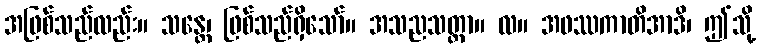
အဖြစ်သည်လည်း။ သန္တေ၊ ဖြစ်သည်ရှိသော်။ အသညသတ္တာ။ လ။ အဖဿကာတိအာဒိ၊ ဤသို့